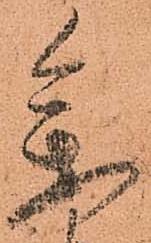
參